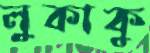
লুকাকু